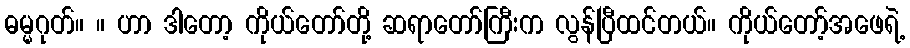
ဓမ္မဂုတ်။ ။ ဟာ ဒါတော့ ကိုယ်တော်တို့ ဆရာတော်ကြီးက လွန်ပြီထင်တယ်။ ကိုယ်တော့်အဖေရဲ့